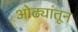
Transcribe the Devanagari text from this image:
ओढ्यांतून